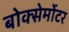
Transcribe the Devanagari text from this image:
बोक्सेर्मोटर